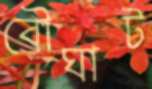
বৌঘাট